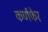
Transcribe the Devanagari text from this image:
कर्णफेर